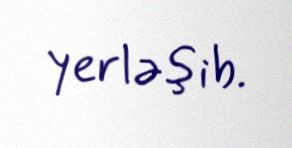
yerləşib.